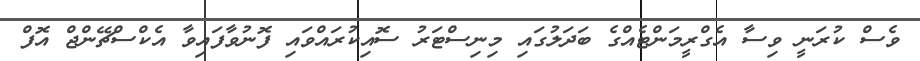
ވެސް ކުރަނީ ވިސާ އެގްރީމަންޓެއްގެ ބަދަލުގައި މިނިސްޓަރު ސޮއިކުރައްވައި ފޮނުވާފައިވާ އެކްސްޗޭންޖް އޮފް